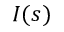
I ( s )